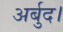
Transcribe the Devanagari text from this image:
अर्बुद।